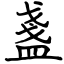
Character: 盞